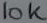
Text: 10K